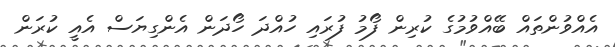
އެއްވުންތައް ބޭއްވުމުގެ ކުރިން ފޯމު ފުރައި ހުއްދަ ހޯދަން އެންގިޔަސް އެއީ ކުރަން